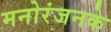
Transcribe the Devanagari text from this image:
मनोरंजनके